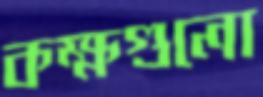
কক্ষগুলো